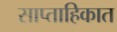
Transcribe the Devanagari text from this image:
साप्‍ताहिकात